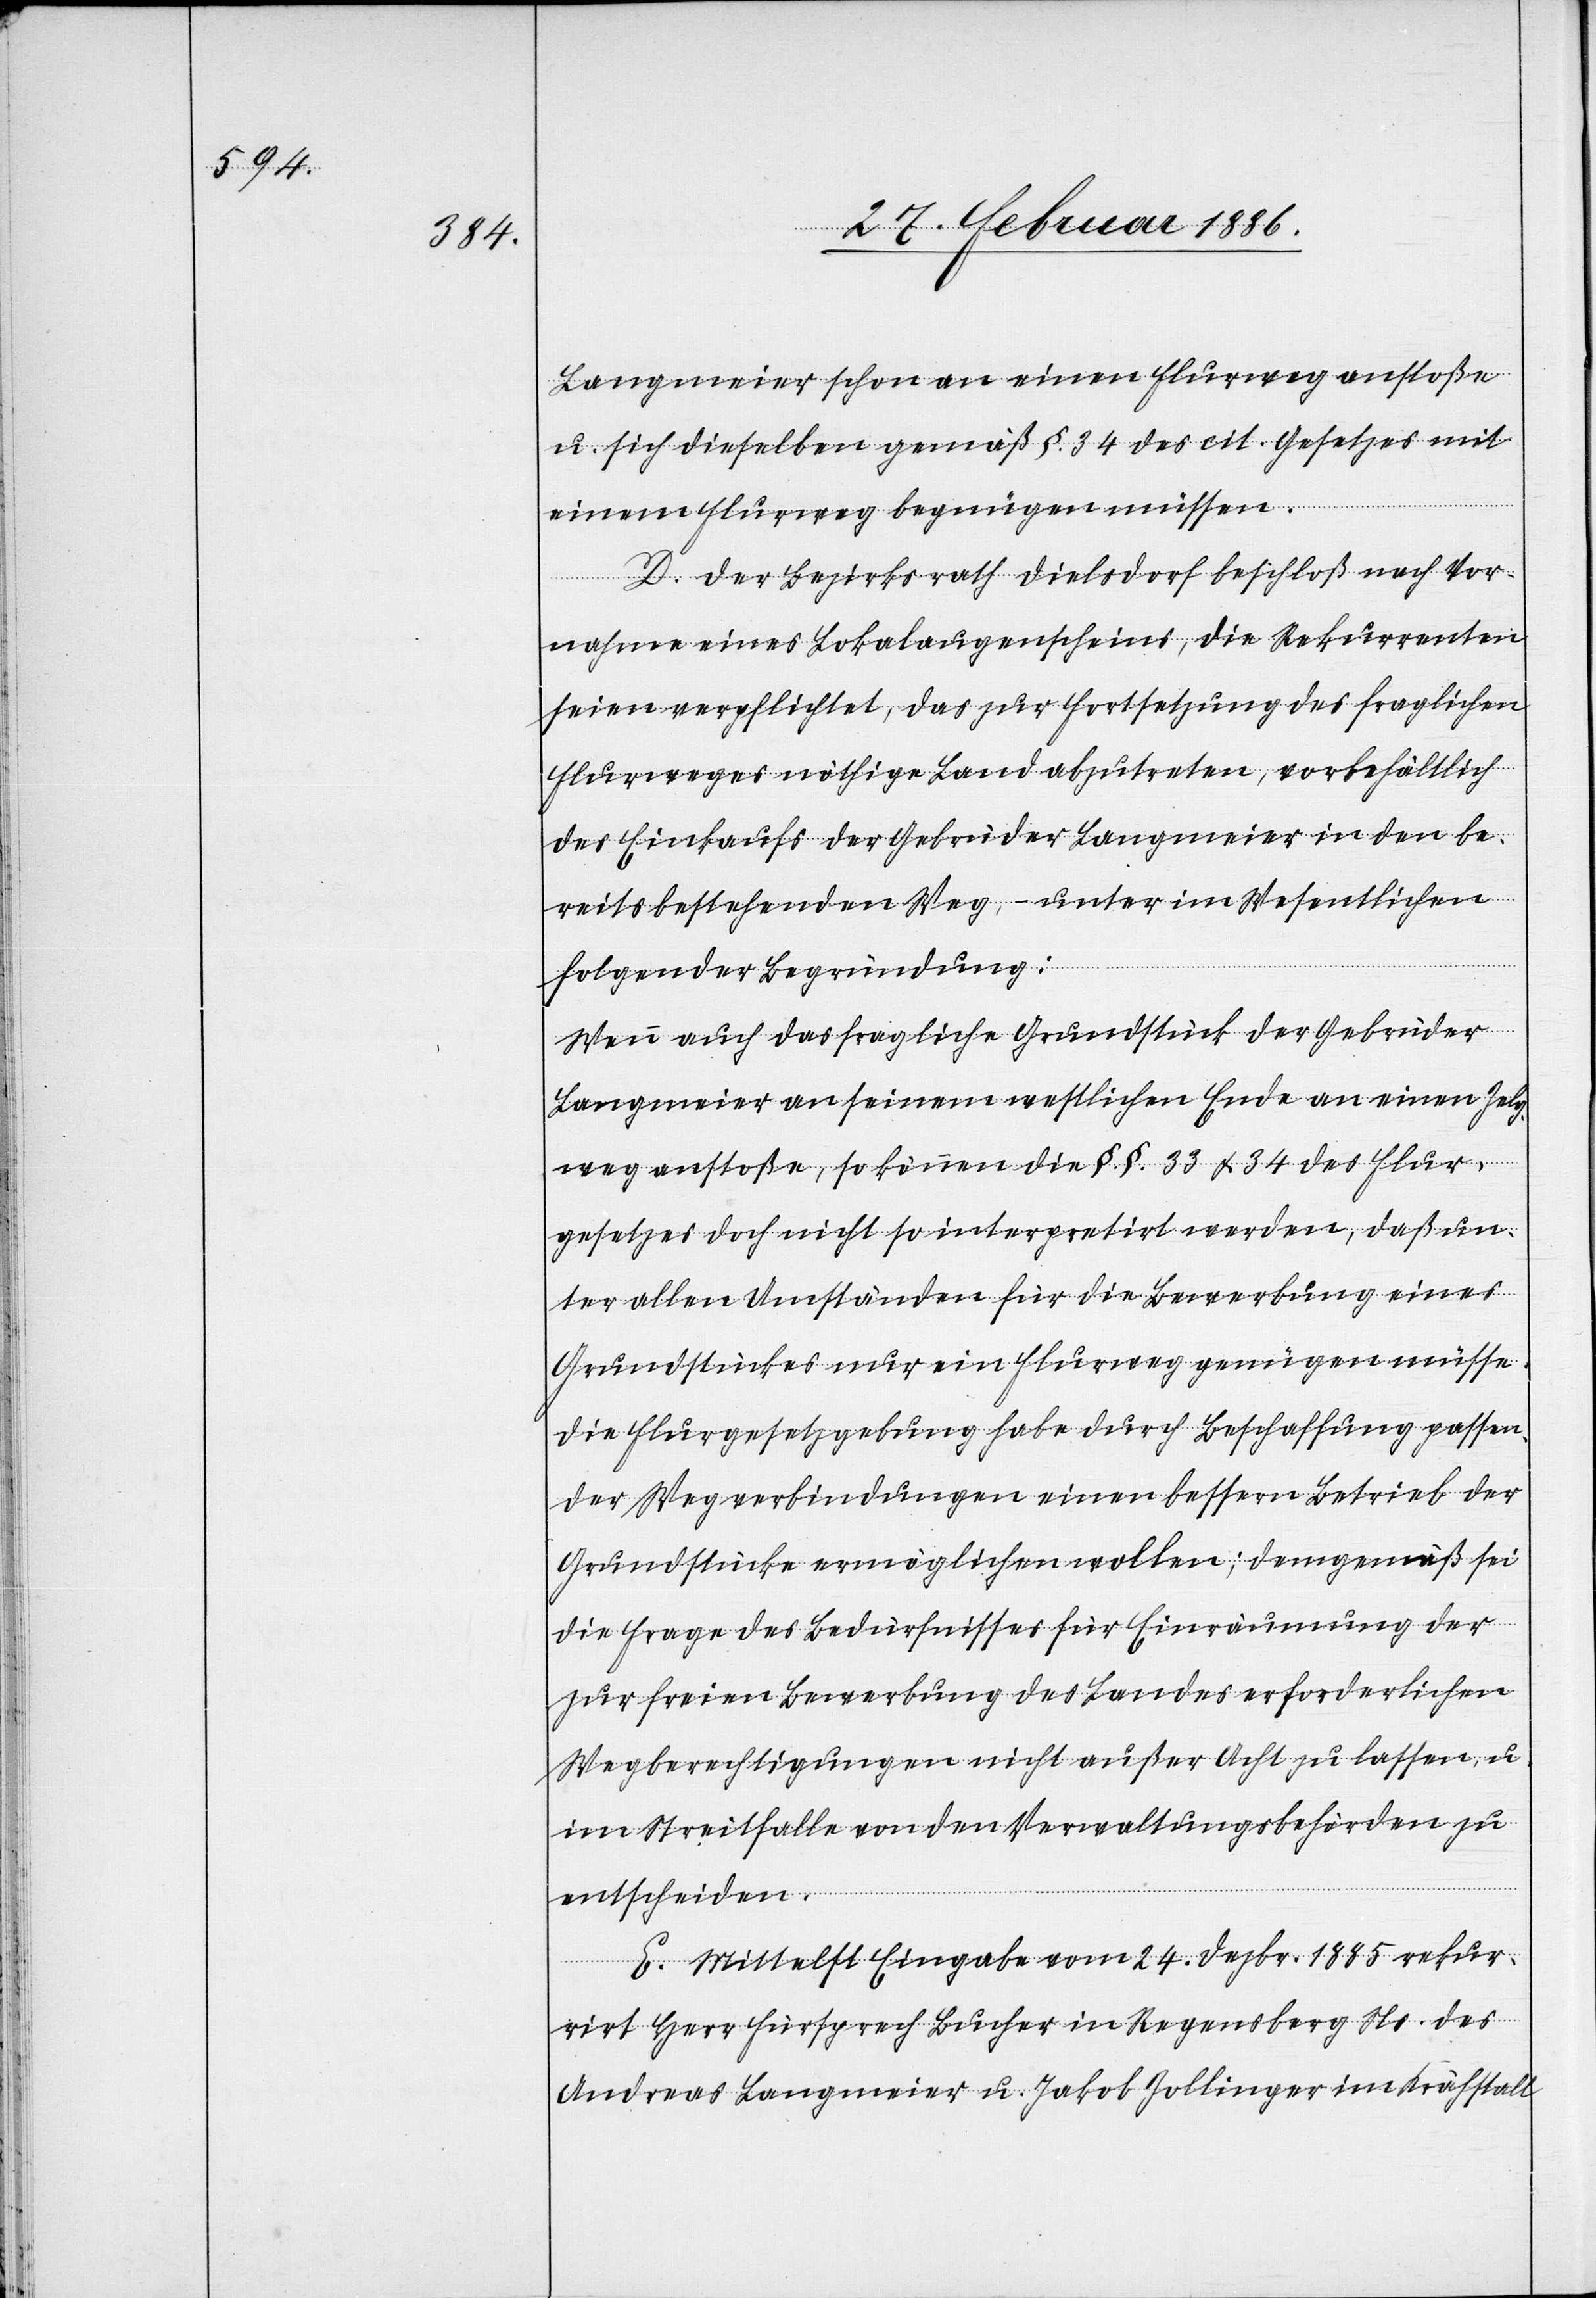
Langmeier schon an einen Flurweg anstoße
u. sich dieselben gemäß §. 34 des cit. Gesetzes mit
einem Flurweg begnügen müssen.
D. Der Bezirksrath Dielsdorf beschloß nach Vor¬
nahme eines Lokalaugenscheines, die Rekurrenten
seien verpflichtet, das zur Fortsetzung des fraglichen
Flurweges nöthige Land abzutreten, vorbehältlich
des Einkaufs der Gebrüder Langmeier in den be¬
reits bestehenden Weg, – unter im Wesentlichen
folgender Begründung:
Wenn auch das fragliche Grundstück der Gebrüder
Langmeier an seinem westlichen Ende an einen Zelg¬
weg anstoße, so können die §. §. 33 & 34 des Flur¬
gesetzes doch nicht so interpretirt werden, daß un¬
ter allen Umständen für die Bewerbung eines
Grundstückes nur ein Flurweg genügen müsse.
Die Flurgesetzgebung habe durch Beschaffung passen¬
der Wegverbindungen einen bessern Betrieb der
Grundstücke ermöglichen wollen; demgemäß sei
die Frage des Bedürfnisses für Einräumung der
zur freien Bewerbung des Landes erforderlichen
Wegberechtigungen nicht außer Acht zu lassen, u.
im Streitfalle von den Verwaltungsbehörden zu
entscheiden.
E. Mittelst Eingabe vom 24. Dezbr. 1885 rekur¬
rirt Herr Fürsprech Bucher in Regensberg Ns. des
Andreas Langmeier u. Jakob Zollinger im Krähstall